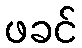
ဖခင်